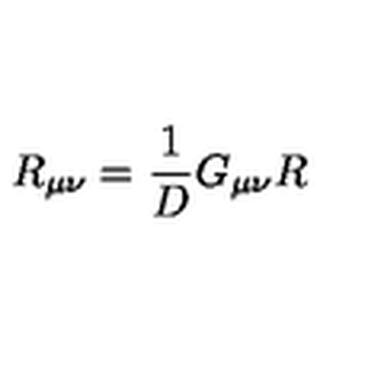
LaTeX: R _ { \mu \nu } = \frac { 1 } { D } G _ { \mu \nu } R